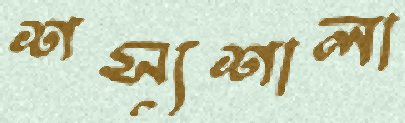
শস্যশালা